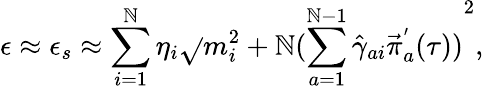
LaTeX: \epsilon\approx\epsilon_{s}\approx\sum_{i=1}^{\mathbb{N}}\eta_{i}\sqrt{}{{m_{i}^{2}+\mathbb{N}{(\sum_{a=1}^{\mathbb{N}-1}{\hat{{\gamma}}}_{ai}{\vec{{\pi}}}_{a}^{'}(\tau))}^{2}}},